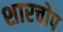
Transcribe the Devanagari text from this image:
शारचोप